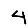
Digit: 4